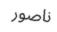
ناصور